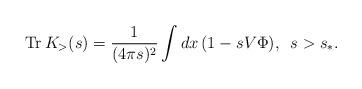
LaTeX: \begin{align*}{\rm Tr}\,K_{>}(s)=\frac{1}{(4\pi s)^{2}} \int dx\,(1-sV\Phi),\,\,\,s>s_{\ast }. \end{align*}